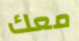
معك